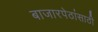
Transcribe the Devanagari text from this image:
बाजारपेठांसाठी